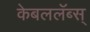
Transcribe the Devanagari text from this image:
केबललॅब्स्